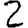
Digit: 2